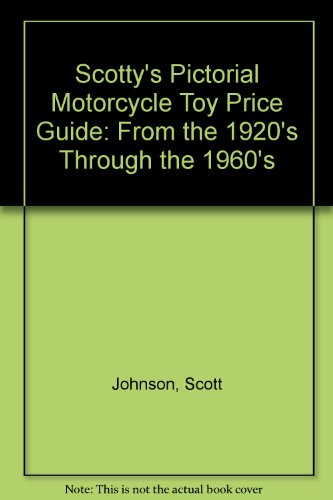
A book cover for Scotty's Pictorial Motorcycle Toy Price Guide: From the 1920's Through the 1960's; Scott Johnson; Crafts, Hobbies & Home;